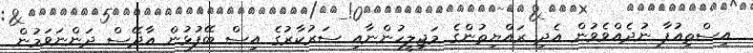
އިސްތިއުފާ ނުދެއްވެވުން އެދި ރައްޔިތުންގެ މަޖިލީހުންނާއި ސަރުކާރުގެ އިސް ބޭފުޅުން އާދޭސް ދަންނަވަމުން